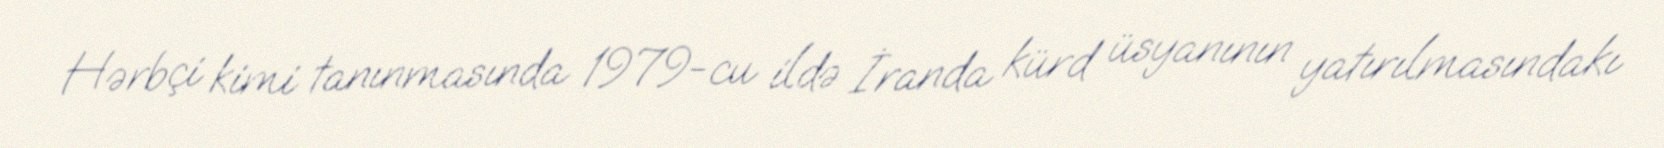
Hərbçi kimi tanınmasında 1979-cu ildə İranda kürd üsyanının yatırılmasındakı